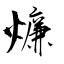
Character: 燫